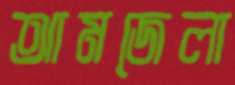
আমজেলা